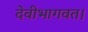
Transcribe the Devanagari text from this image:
देवीभागवत।